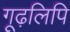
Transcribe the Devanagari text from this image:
गूढ़लिपि